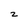
Character: z